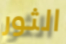
الثور